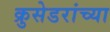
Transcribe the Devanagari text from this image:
क्रुसेडरांच्या